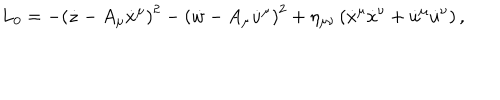
LaTeX: L _ { 0 } = - \left( \dot { z } - A _ { \mu } \dot { x } ^ { \mu } \right) ^ { 2 } - \left( \dot { w } - A _ { \mu } \dot { u } ^ { \mu } \right) ^ { 2 } + \eta _ { \mu \nu } \left( \dot { x } ^ { \mu } \dot { x } ^ { \nu } + \dot { u } ^ { \mu } \dot { u } ^ { \nu } \right) ,